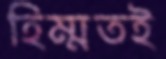
হিম্মতই